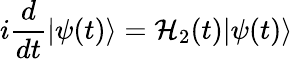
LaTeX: i\frac{d}{dt}|{\cal\psi}(t)\rangle={\cal H}_{2}(t)|{\cal\psi}(t)\rangle